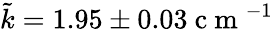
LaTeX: \tilde{k}=1.95\pm 0.03\mathrm{~c~m~}^{-1}